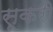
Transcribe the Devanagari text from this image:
सूकरी